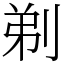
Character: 剃